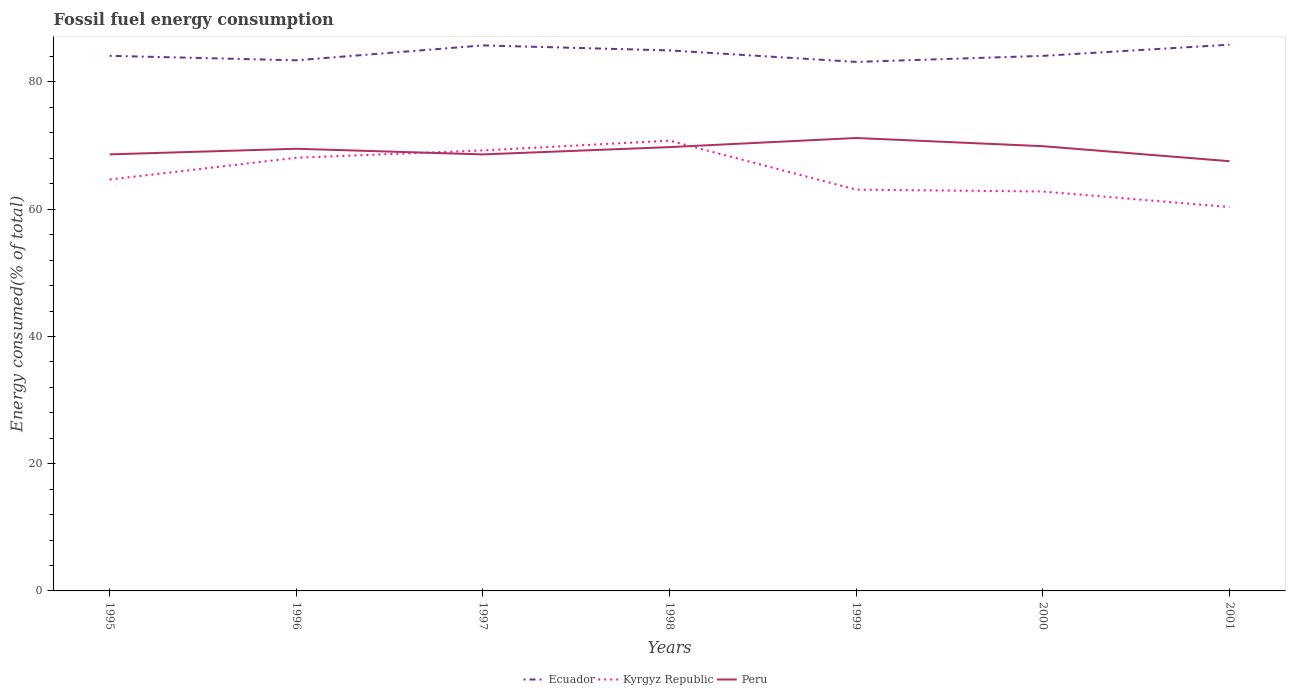
| Years | Ecuador | Kyrgyz Republic | Peru |
 | --- | --- | --- | --- |
 | 1995 | 84.1 | 64.7 | 68.6 |
 | 1996 | 83.4 | 68.1 | 69.5 |
 | 1997 | 85.8 | 69.2 | 68.6 |
 | 1998 | 85 | 70.8 | 69.8 |
 | 1999 | 83.2 | 63.1 | 71.2 |
 | 2000 | 84.1 | 62.8 | 69.9 |
 | 2001 | 85.9 | 60.3 | 67.5 |